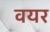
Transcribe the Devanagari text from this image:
वयर